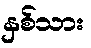
နှစ်သား